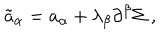
LaTeX: { \tilde { a } } _ { \alpha } = a _ { \alpha } + \lambda _ { \beta } \partial ^ { \beta } \Sigma \; ,